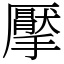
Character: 擪